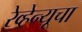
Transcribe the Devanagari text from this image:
रेव्हेन्यूचा